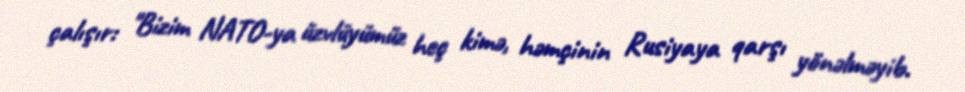
çalışır: "Bizim NATO-ya üzvlüyümüz heç kimə, həmçinin Rusiyaya qarşı yönəlməyib.